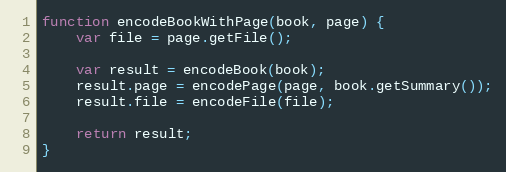
Language: JavaScript
function encodeBookWithPage(book, page) {
    var file = page.getFile();

    var result = encodeBook(book);
    result.page = encodePage(page, book.getSummary());
    result.file = encodeFile(file);

    return result;
}